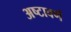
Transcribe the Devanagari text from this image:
अष्टावर्ण